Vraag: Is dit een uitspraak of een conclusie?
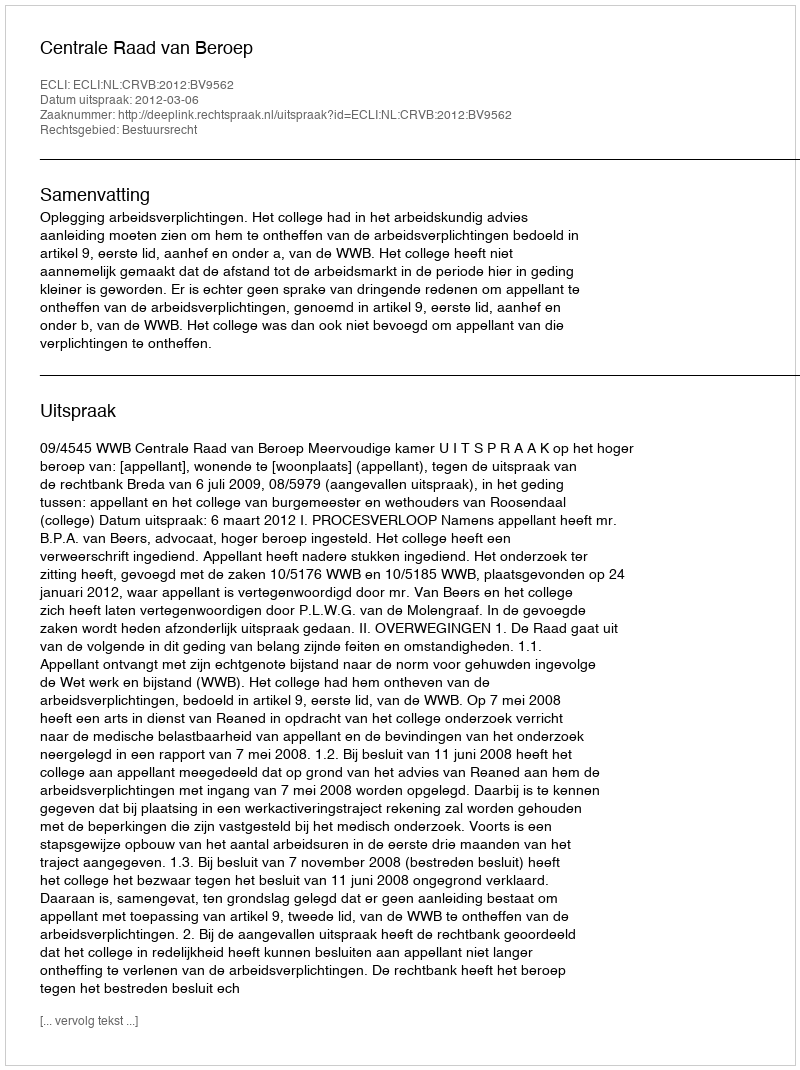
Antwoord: Uitspraak